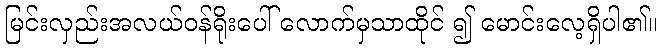
မြင်းလှည်းအလယ်ဝန်ရိုးပေါ် လောက်မှသာထိုင် ၍ မောင်းလေ့ရှိပါ၏။